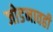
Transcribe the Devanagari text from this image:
जोडनावही